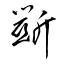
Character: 斲